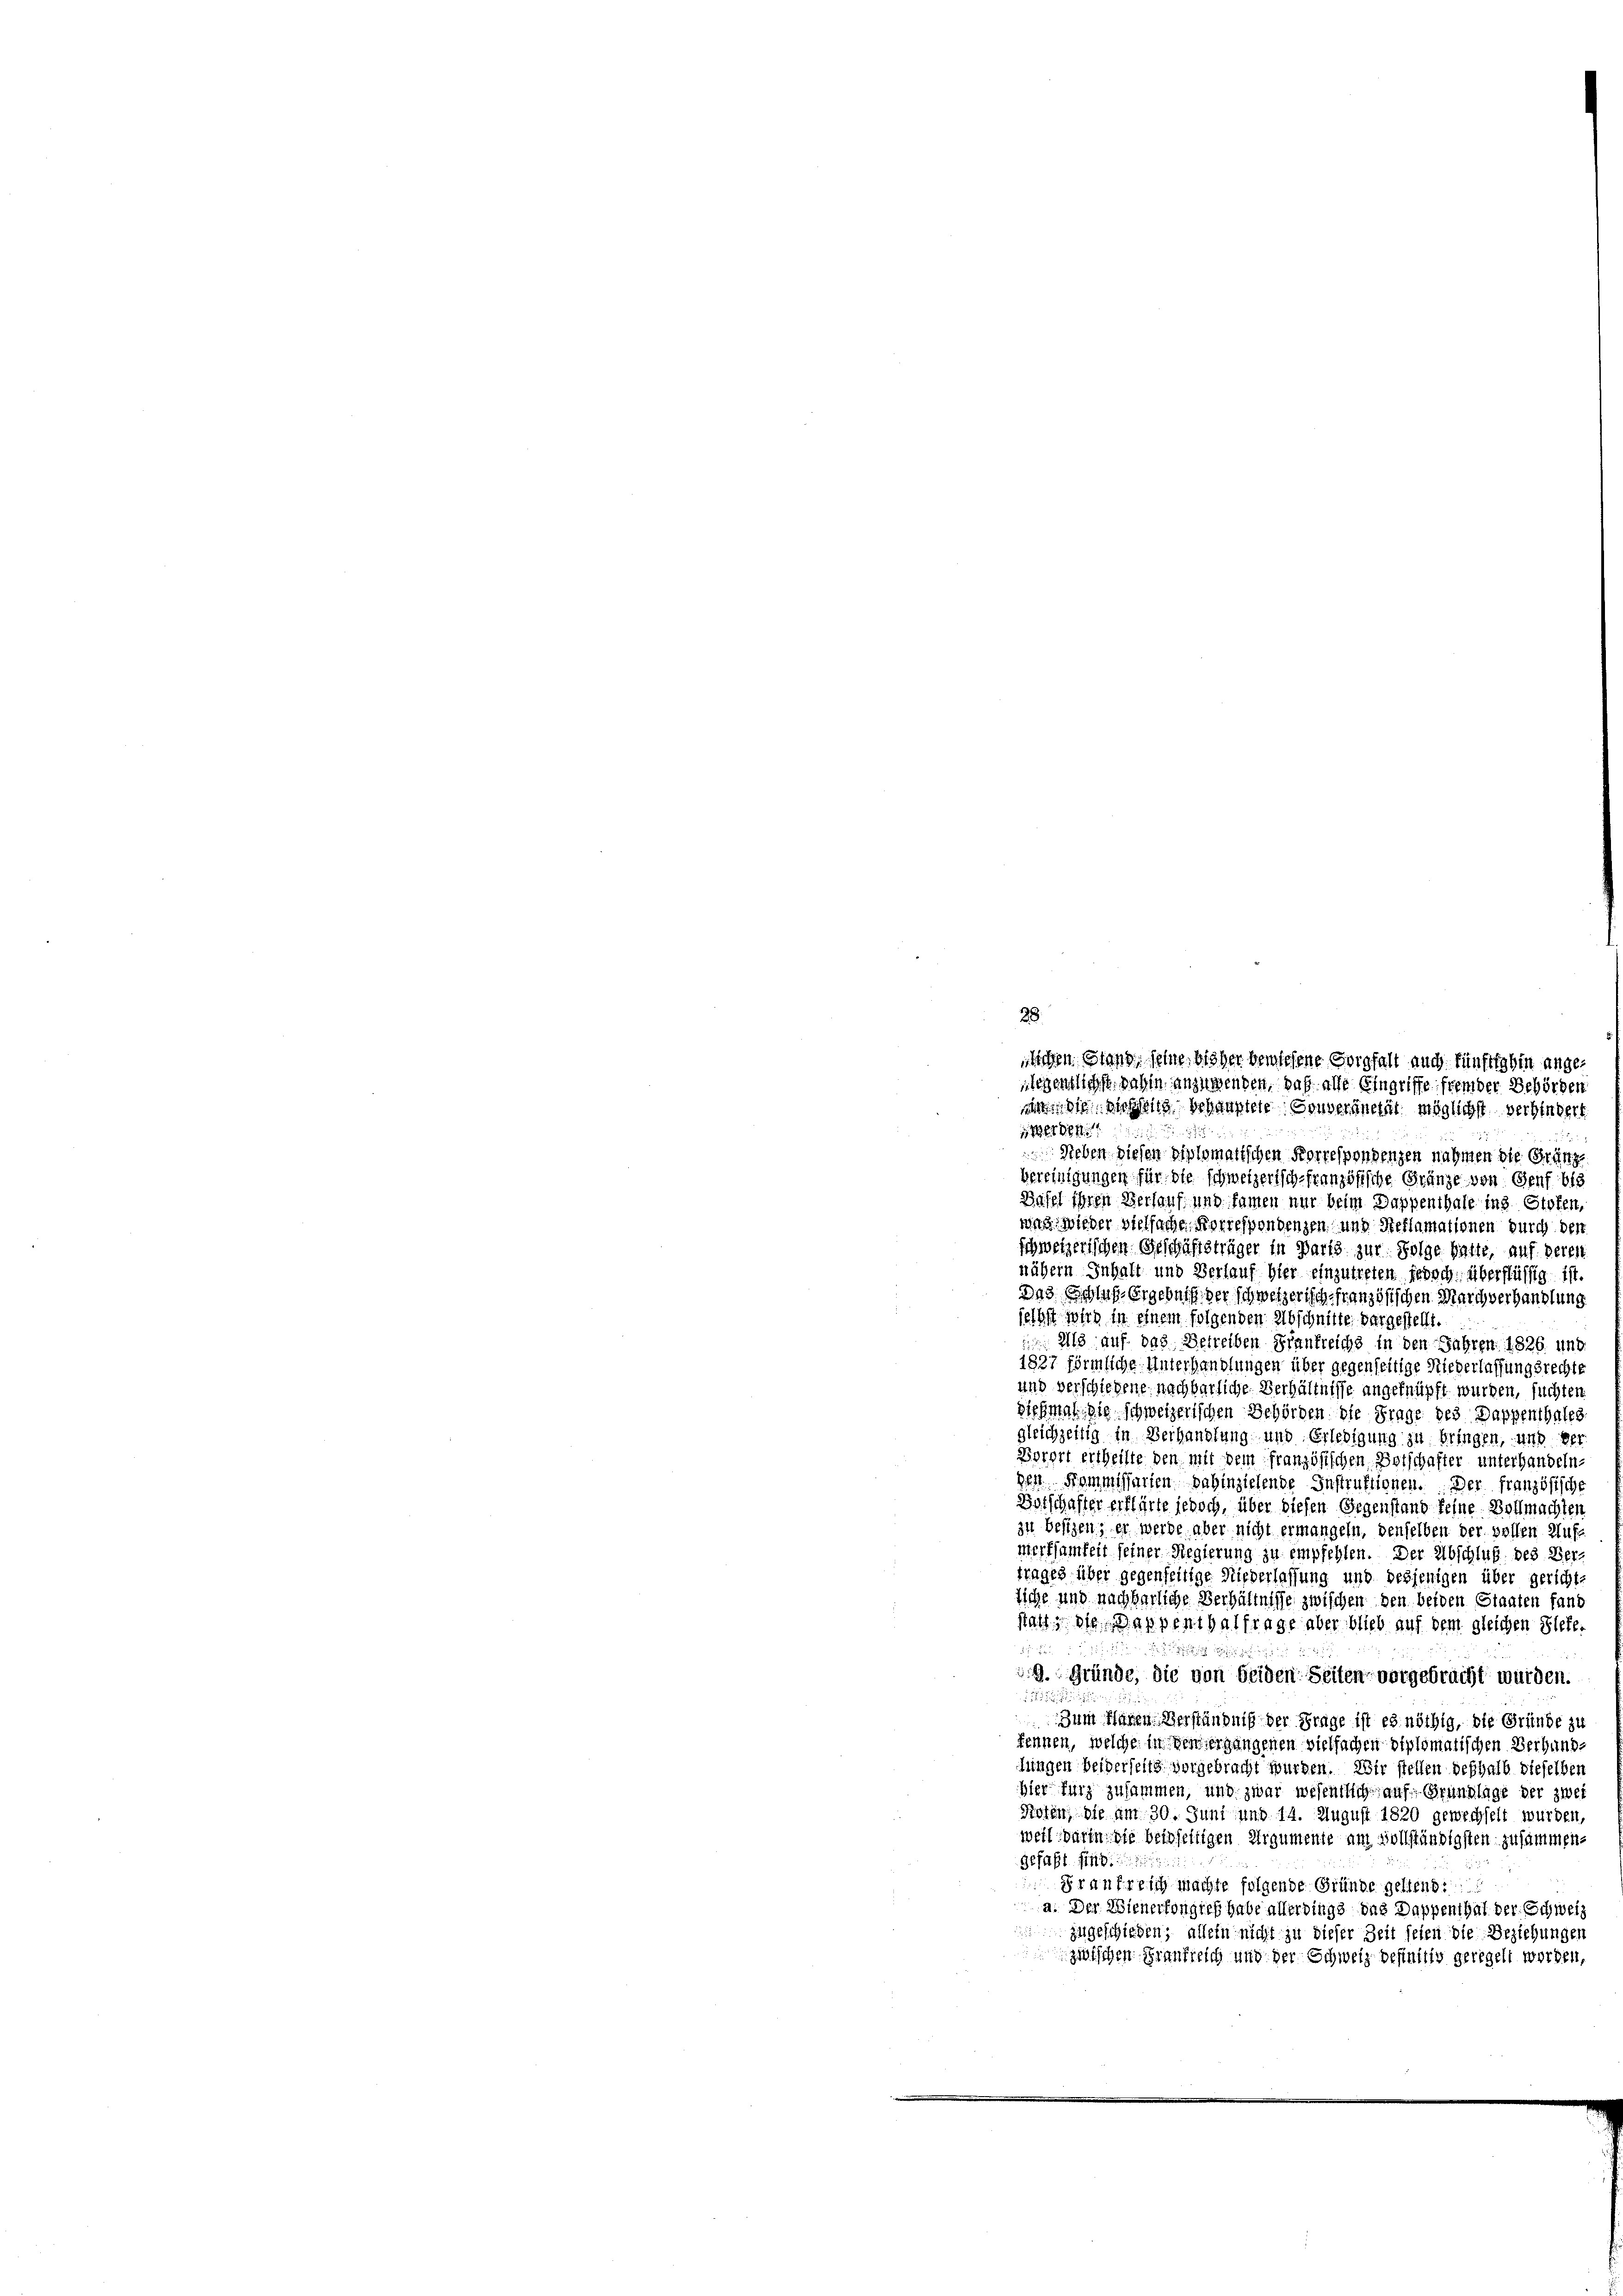
Sichen Stand seine bisher bewiesene Sorgfall auch fünftighin angeiegentlichst dahin anzuwenden, daß alle Eingriffe fremder Behörden
din die nichtig behauptete Gouveränetät möglichst verhindert

De
Sieben diesen diplomatischen Korrespondenzen nahmen die Gränzbereinigungen für die schweizerisch französische Gränze von Genf 18
Basel ihren Verlauf und samen nur beim Dappenthale ins Stofen,
war wieder vielfache Korrespondenzen und Reflamationen durch den
schweizerischen Geschäftsträger in Barts zur Folge hatte, auf deres
nähern Inhalt und Verlauf hier einzutreten jedoch überflüssig ist.
Das Schluß, Ergebnis der schweizerisch französischen Marchverhandlung
seihst wird in einem folgenden Abschnitte der gestellt.
 Als auf das Betreiben Frankreichs in den Jahren 1826 und
1827 förmliche Unterhandlungen über gegenseitige Niederlassungsrechte
und verschiedene nachbarliche Verhältnisse angeknüpft wurden, suchten
Siehmal die schweizerischen Behörden die Frage des Dappenthales
gleichzeitig in Verhandlung und Erledigung zu bringen, und der
Borger ertheilte den mit dem französischen Botschafter unterhandeln,
gen Kommissarien dahinziehende Instruktionen. Der französische
Botschafter erklärte jedoch, über diesen Gegenstand feine Vollmachten
zu besizen; er werde aber nicht ermangeln, denselben der vollen Aufmerksamkeit seiner Regierung zu empfehlen. Der Abschluß des Vertrages über gegenseitige Niederlassung und desjenigen über gerichttiche und nachbarliche Verhältnisse zwischen den beiden Staaten fand
statt die Dappenthalfrage aber blieb auf dem gleichen Plefe-

9. Gründe, die von beiden Seiten vorgebracht wurden.
.

Zum Paren Verständniß der Frage ist es nöthig, die Gründe zu
kennen, welche in den ergangenen vielfachen diplomatischen Berhunde
lungen beiderseits vorgebracht wurden. Wir stellen deshalb dieselben
hier kurz zusammen, und zwar wesentlich auf Grundlage der zwei
Roten, die am 30. Juni und 14. August 1820 gewechselt wurden,
weil darin die beidseitigen Argumente am Vollständigsten zusammengefaßt find
Prausreich machte folgende Gründe geltend:
a. Der Wienerfongreß habe allerdings das Dappenthal der Schweiz
zugeschiehen; allein nicht zu dieser Zeit seien die Beziehungen
zwischen Frankreich und der Schweiz befinitiv geregelt worden,